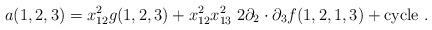
LaTeX: \begin{align*} a(1,2,3) = x^2_{12}g(1,2,3) + x^2_{12} x^2_{13}\; 2\partial_2\cdot\partial_3 f(1,2,1,3) + \mbox{cycle} \ .\end{align*}